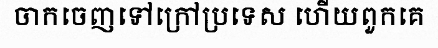
ចាកចេញទៅក្រៅប្រទេស ហើយពួកគេ